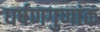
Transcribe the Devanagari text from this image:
घर्षणगुणांक